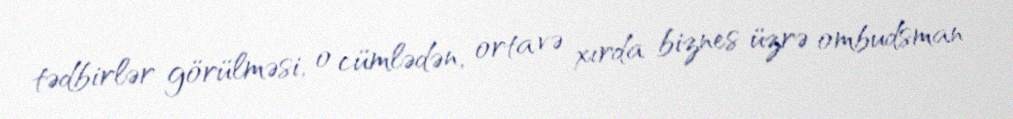
tədbirlər görülməsi, o cümlədən, orta və xırda biznes üzrə ombudsman